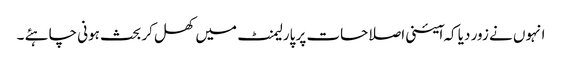
انہوں نے زور دیا کہ ا ٓئینی اصلاحات پر پارلیمنٹ میں کھل کر بحث ہونی چاہئے ۔